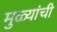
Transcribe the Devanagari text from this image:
मुळ्यांची